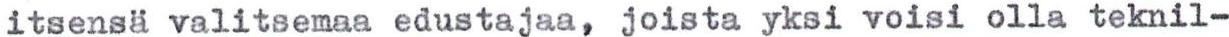
itsensä valitsemaa edustajaa, joista yksi voisi olla teknil-